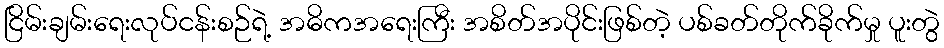
ငြိမ်းချမ်းရေးလုပ်ငန်းစဉ်ရဲ့ အဓိကအရေးကြီး အစိတ်အပိုင်းဖြစ်တဲ့ ပစ်ခတ်တိုက်ခိုက်မှု ပူးတွဲ